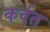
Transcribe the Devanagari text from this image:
कर्वत